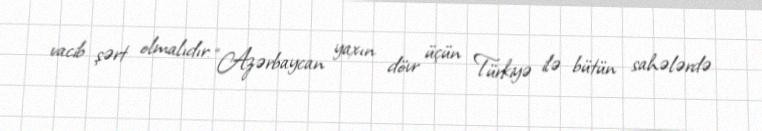
vacib şərt olmalıdır: “Azərbaycan yaxın dövr üçün Türkiyə ilə bütün sahələrdə